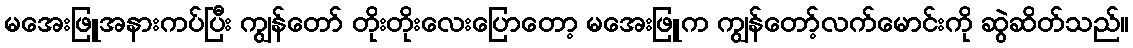
မအေးဖြူအနားကပ်ပြီး ကျွန်တော် တိုးတိုးလေးပြောတော့ မအေးဖြူက ကျွန်တော့်လက်မောင်းကို ဆွဲဆိတ်သည်။